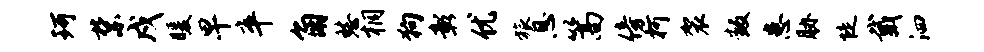
珂禁戍暖早卒角愁桐狗彰优旅息篙傍柯袈叛患胁陡戴泗